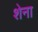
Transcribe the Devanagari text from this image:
शेना